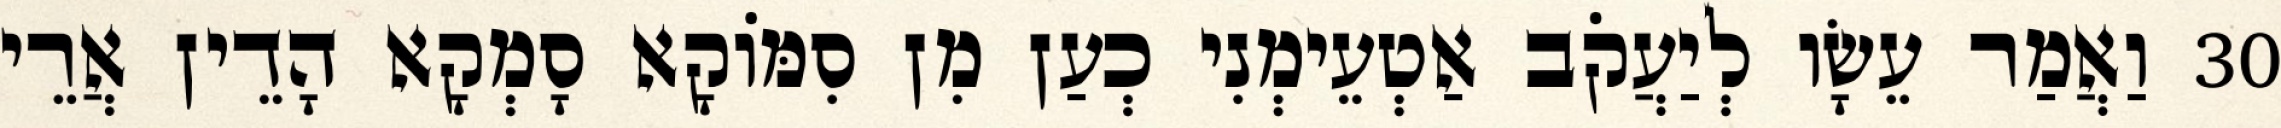
30 וַאֲמַר עֵשָׂו לְיַעֲקֹב אַטְעֵימְנִי כְעַן מִן סִמּוֹקָא סָמְקָא הָדֵין אֲרֵי